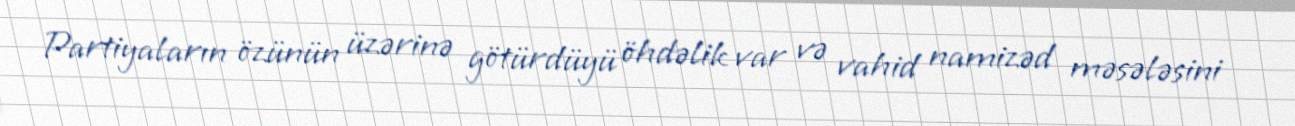
Partiyaların özünün üzərinə götürdüyü öhdəlik var və vahid namizəd məsələsini